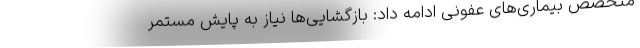
متخصص بیماری‌های عفونی ادامه داد: بازگشایی‌ها نیاز به پایش مستمر